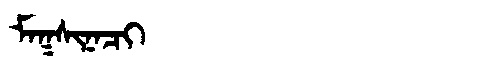
Manchu: ᠮᠠᡴᠰᡳᠨᠠᠴᡳ
Romanization: MAKSINACI